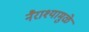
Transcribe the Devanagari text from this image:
नैराश्यामुळे